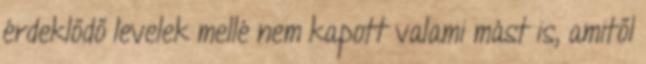
érdeklődő levelek mellé nem kapott valami mást is, amitől